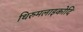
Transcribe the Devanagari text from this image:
थिरुमलाइकोदि